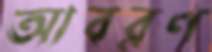
আবরণ